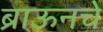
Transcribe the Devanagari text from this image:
ब्राऊनचेेे